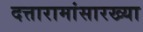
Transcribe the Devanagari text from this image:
दत्तारामांसारख्या